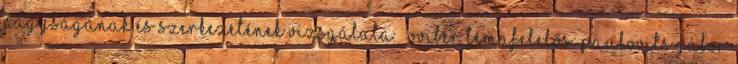
nagyságának és szerkezetének vizsgálata – OVIBER Témafelelős: Paulovits Gábor